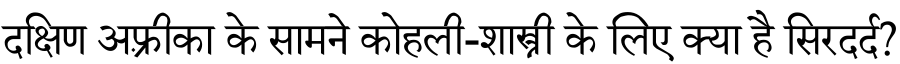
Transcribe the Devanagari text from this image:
दक्षिण अफ़्रीका के सामने कोहली-शास्त्री के लिए क्या है सिरदर्द?